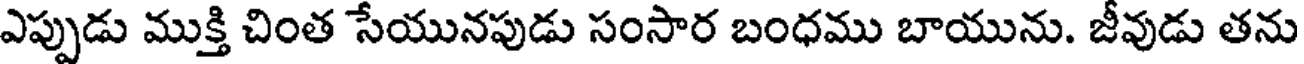
ఎప్పుడు ముక్తి చింత సేయునపుడు సంసార బంధము బాయును. జీవుడు తను